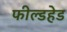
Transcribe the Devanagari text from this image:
फील्डहेड